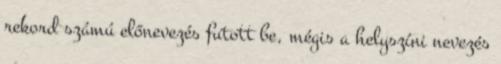
rekord számú előnevezés futott be, mégis a helyszíni nevezés